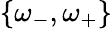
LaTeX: \{ \omega_{-},\omega_{+}\}